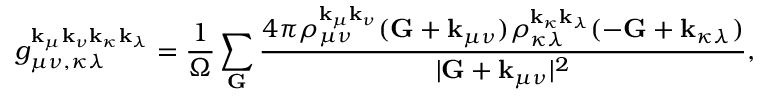
g _ { \mu \nu , \kappa \lambda } ^ { \mathbf { k } _ { \mu } \mathbf { k } _ { \nu } \mathbf { k } _ { \kappa } \mathbf { k } _ { \lambda } } = \frac { 1 } { \Omega } \sum _ { \mathbf { G } } \frac { 4 \pi \rho _ { \mu \nu } ^ { \mathbf { k } _ { \mu } \mathbf { k } _ { \nu } } ( \mathbf { G } + \mathbf { k } _ { \mu \nu } ) \rho _ { \kappa \lambda } ^ { \mathbf { k } _ { \kappa } \mathbf { k } _ { \lambda } } ( - \mathbf { G } + \mathbf { k } _ { \kappa \lambda } ) } { | \mathbf { G } + \mathbf { k } _ { \mu \nu } | ^ { 2 } } ,